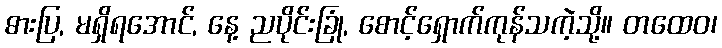
ဓားပြ, မရှိရအောင်, နေ့ ညပိုင်းခြုံ, စောင့်ရှောက်ကုန်သကဲ့သို့။ တထေဝ၊